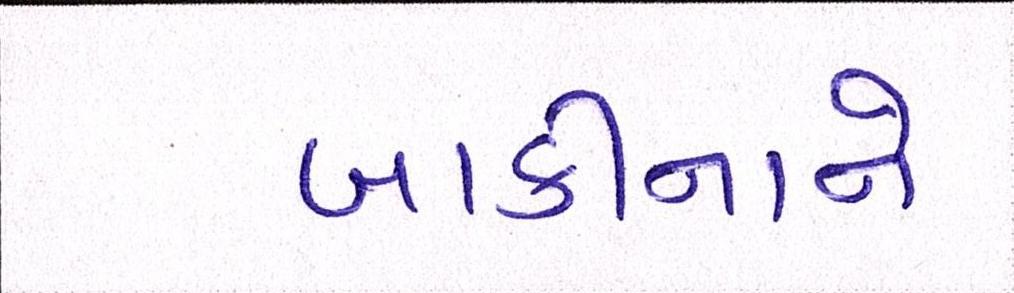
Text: બાકીનાને